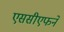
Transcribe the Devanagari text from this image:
एससीएफने